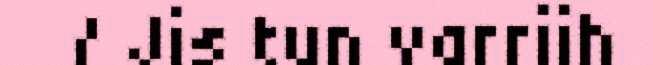
/ Jis tun varriih